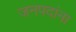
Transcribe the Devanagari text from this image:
जनपदांना